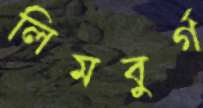
লিমবুর্গ